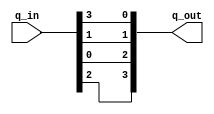
//module box_5(input: ([3:0]q_in, [3:0]q_out); 

module box_5(
	input		[3:0]q_in, 
	output	[3:0]q_out); 
	
	assign q_out = {q_in[2], q_in[0], q_in[1], q_in[3]}; 
	
endmodule